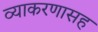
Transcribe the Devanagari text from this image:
व्याकरणासह